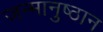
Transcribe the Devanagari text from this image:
जन्मानुष्ठान